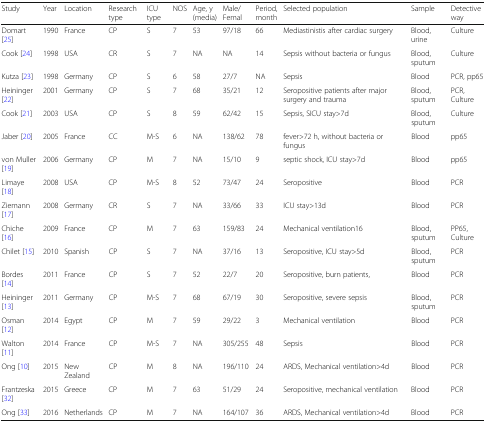
<table><thead><tr><td><b>Study</b></td><td><b>Year</b></td><td><b>Location</b></td><td><b>Research type</b></td><td><b>ICU type</b></td><td><b>NOS</b></td><td><b>Age, y(media)</b></td><td><b>Male/Femal</b></td><td><b>Period,month</b></td><td><b>Selected population</b></td><td><b>Sample</b></td><td><b>Detective way</b></td></tr></thead><tbody><tr><td>Domart [25]</td><td>1990</td><td>France</td><td>CP</td><td>S</td><td>7</td><td>53</td><td>97/18</td><td>66</td><td>Mediastinistis after cardiac surgery</td><td>Blood, urine</td><td>Culture</td></tr><tr><td>Cook [24]</td><td>1998</td><td>USA</td><td>CR</td><td>S</td><td>7</td><td>NA</td><td>NA</td><td>14</td><td>Sepsis without bacteria or fungus</td><td>Blood, sputum</td><td>Culture</td></tr><tr><td>Kutza [23]</td><td>1998</td><td>Germany</td><td>CP</td><td>S</td><td>6</td><td>58</td><td>27/7</td><td>NA</td><td>Sepsis</td><td>Blood</td><td>PCR, pp65</td></tr><tr><td>Heininger [22]</td><td>2001</td><td>Germany</td><td>CP</td><td>S</td><td>7</td><td>68</td><td>35/21</td><td>12</td><td>Seropositive patients after major surgery and trauma</td><td>Blood, sputum</td><td>PCR, Culture</td></tr><tr><td>Cook [21]</td><td>2003</td><td>USA</td><td>CP</td><td>S</td><td>8</td><td>59</td><td>62/42</td><td>15</td><td>Sepsis, SICU stay&gt;7d</td><td>Blood, sputum</td><td>Culture</td></tr><tr><td>Jaber [20]</td><td>2005</td><td>France</td><td>CC</td><td>M-S</td><td>6</td><td>NA</td><td>138/62</td><td>78</td><td>fever&gt;72 h, without bacteria or fungus</td><td>Blood</td><td>pp65</td></tr><tr><td>von Muller [19]</td><td>2006</td><td>Germany</td><td>CP</td><td>M</td><td>7</td><td>NA</td><td>15/10</td><td>9</td><td>septic shock, ICU stay&gt;7d</td><td>Blood</td><td>pp65</td></tr><tr><td>Limaye [18]</td><td>2008</td><td>USA</td><td>CP</td><td>M-S</td><td>8</td><td>52</td><td>73/47</td><td>24</td><td>Seropositive</td><td>Blood</td><td>PCR</td></tr><tr><td>Ziemann [17]</td><td>2008</td><td>Germany</td><td>CR</td><td>S</td><td>7</td><td>NA</td><td>33/66</td><td>33</td><td>ICU stay&gt;13d</td><td>Blood</td><td>PCR</td></tr><tr><td>Chiche [16]</td><td>2009</td><td>France</td><td>CP</td><td>M</td><td>7</td><td>63</td><td>159/83</td><td>24</td><td>Mechanical ventilation16</td><td>Blood, sputum</td><td>PP65, Culture</td></tr><tr><td>Chilet [15]</td><td>2010</td><td>Spanish</td><td>CP</td><td>S</td><td>7</td><td>NA</td><td>37/16</td><td>13</td><td>Seropositive, ICU stay&gt;5d</td><td>Blood, sputum</td><td>PCR</td></tr><tr><td>Bordes [14]</td><td>2011</td><td>France</td><td>CP</td><td>S</td><td>7</td><td>52</td><td>22/7</td><td>20</td><td>Seropositive, burn patients,</td><td>Blood</td><td>PCR</td></tr><tr><td>Heininger [13]</td><td>2011</td><td>Germany</td><td>CP</td><td>M-S</td><td>7</td><td>68</td><td>67/19</td><td>30</td><td>Seropositive, severe sepsis</td><td>Blood, sputum</td><td>PCR</td></tr><tr><td>Osman [12]</td><td>2014</td><td>Egypt</td><td>CP</td><td>M</td><td>7</td><td>59</td><td>29/22</td><td>3</td><td>Mechanical ventilation</td><td>Blood</td><td>PCR</td></tr><tr><td>Walton [11]</td><td>2014</td><td>France</td><td>CP</td><td>M-S</td><td>7</td><td>NA</td><td>305/255</td><td>48</td><td>Sepsis</td><td>Blood</td><td>PCR</td></tr><tr><td>Ong [10]</td><td>2015</td><td>New Zealand</td><td>CP</td><td>M</td><td>8</td><td>NA</td><td>196/110</td><td>24</td><td>ARDS, Mechanical ventilation&gt;4d</td><td>Blood</td><td>PCR</td></tr><tr><td>Frantzeska [32]</td><td>2015</td><td>Greece</td><td>CP</td><td>M</td><td>7</td><td>63</td><td>51/29</td><td>24</td><td>Seropositive, mechanical ventilation</td><td>Blood</td><td>PCR</td></tr><tr><td>Ong [33]</td><td>2016</td><td>Netherlands</td><td>CP</td><td>M</td><td>7</td><td>NA</td><td>164/107</td><td>36</td><td>ARDS, Mechanical ventilation&gt;4d</td><td>Blood</td><td>PCR</td></tr></tbody></table>